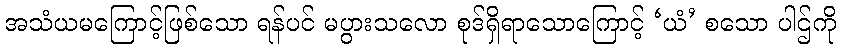
အသံယမကြောင့်ဖြစ်သော ရန်ပင် မပွားသလော စုဒ်ရှိရာသောကြောင့် ‘ယံ’ စသော ပါဌ်ကို